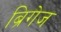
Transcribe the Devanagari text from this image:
ब्रिगेज